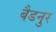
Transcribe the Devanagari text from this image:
बैडनुर